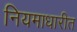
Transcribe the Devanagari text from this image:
नियमाधारीत